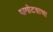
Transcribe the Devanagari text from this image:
पागोटय़ाचा